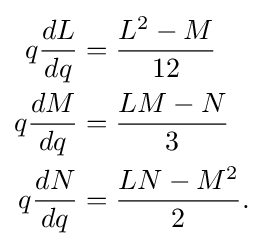
{\begin{aligned}q{\frac {dL}{dq}}&={\frac {L^{2}-M}{12}}\\q{\frac {dM}{dq}}&={\frac {LM-N}{3}}\\q{\frac {dN}{dq}}&={\frac {LN-M^{2}}{2}}.\end{aligned}}